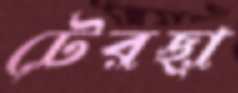
টেরছা